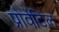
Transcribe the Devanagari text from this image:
प्रोवेंटिल